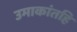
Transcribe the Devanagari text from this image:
उमाकांतहि